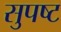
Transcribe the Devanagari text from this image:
सुपष्ट